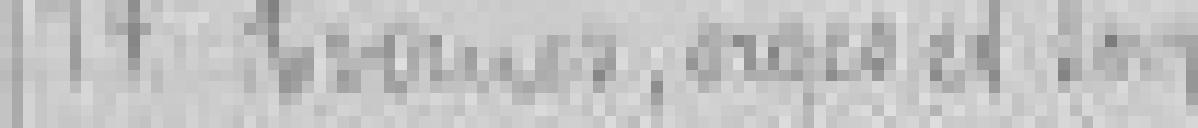
14. Avoines, orges et son